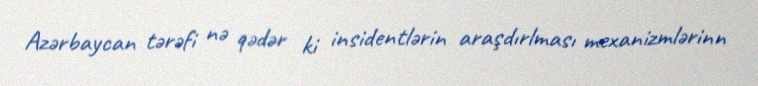
Azərbaycan tərəfi nə qədər ki insidentlərin araşdırlması mexanizmlərinn